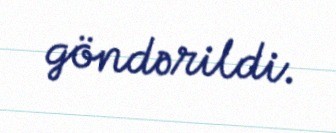
göndərildi.